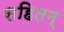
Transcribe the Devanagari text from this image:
सहितम्